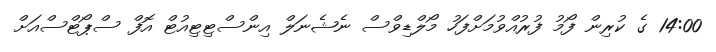
14:00 ގެ ކުރިން ފޯމު ފުރުއްވުމަށްފަހު މޯލްޑިވްސް ނެޝެނަލް އިންސްޓިޓިއުޓް އޮފް ސްޕޯޓްސްއަށް